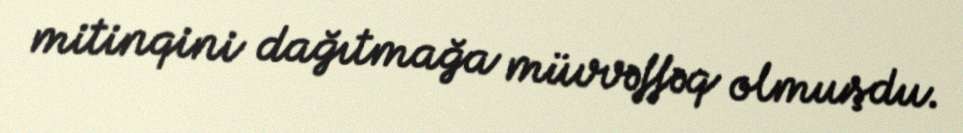
mitinqini dağıtmağa müvvəffəq olmuşdu.